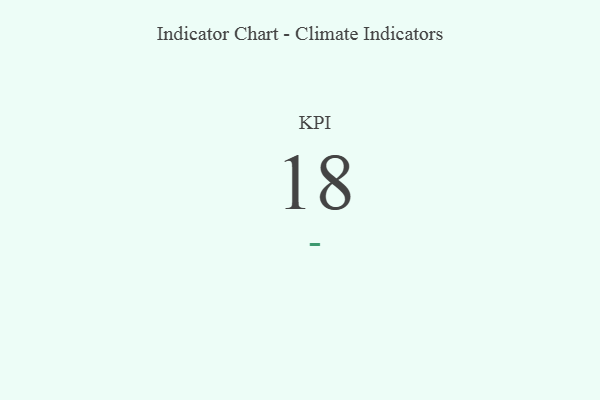
{"axis": {"x": "KPI", "y": "Value"}, "legend": [""], "data": [{"x": "KPI", "y": 18, "type": ""}]}